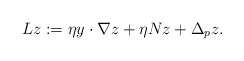
\begin{align*}Lz:=\eta y\cdot\nabla z+\eta Nz+\Delta_p z.\end{align*}